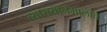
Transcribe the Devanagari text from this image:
व्याख्यानमालांचे